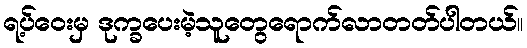
ရ့ပ်ဝေးမှ ဒုက္ခပေးမဲ့သူတွေရောက်လာတတ်ပါတယ်။